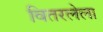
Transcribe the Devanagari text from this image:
वितरलेला